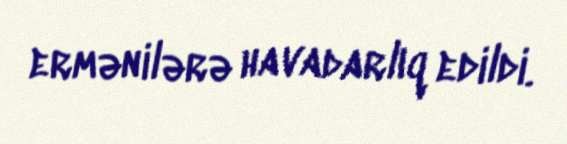
ermənilərə havadarlıq edildi.